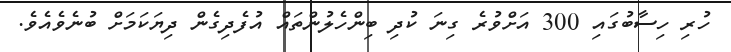
ހުރި ހިސާބުގައި 300 އަށްވުރެ ގިނަ ކުދި ބިންހެލުންތައް އުފެދިގެން ދިޔަކަމަށް ބުނެވެއެވެ.